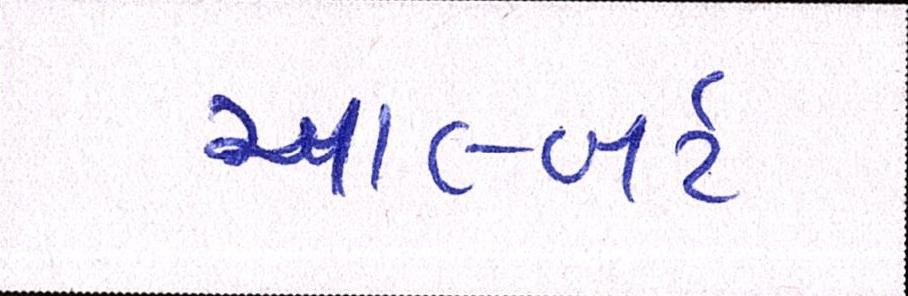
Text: આલ્બર્ટ